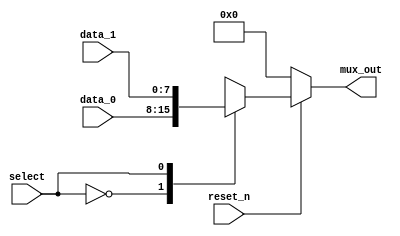
module mux2r( mux_out, data_0, data_1, select, reset_n);

	parameter dw = 8;
		
	input [dw-1:0] data_1, data_0;
	input [0:0] select;
	input reset_n;
	output reg [dw-1:0] mux_out;
	
	 // choose between the two inputs
	always @ ( data_1 or data_0 or select or reset_n)
	if(!reset_n)
	begin
	   mux_out = 0;
	end
	else
	begin
   	case (select)//  (* synthesis parallel_case *)
		   1'd0:		mux_out = data_0;
		   1'd1:		mux_out = data_1;
		   default:	mux_out = {dw{1'bx}};
       endcase
   end
endmodule